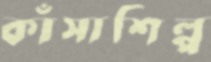
কাঁসাশিল্প